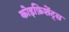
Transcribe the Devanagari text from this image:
कोइफ़िशेंट्स